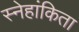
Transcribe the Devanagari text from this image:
स्नेहांकिता